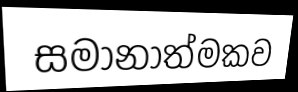
සමානාත්මකව